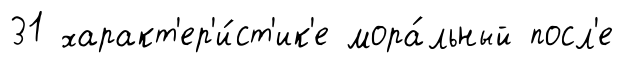
31 характ'ер'и́ст'ик'е мора́льный посл'е